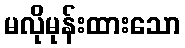
မလိုမုန်းထားသော